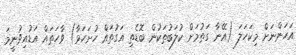
އަހަންނަށް މިކަހަލަ (އޭނާ ގަތުމަށް ކުލަބުތަކުން ބޮޑެތި އަގުތައް ހުށަހަޅާ) ވާހަތައް އަޑުއިވުނީމަ